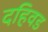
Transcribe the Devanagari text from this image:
दहिवड